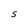
Character: S